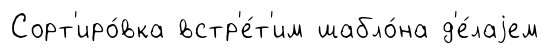
Сорт'иро́вка встр'е́т'им шабло́на д'е́лаjем